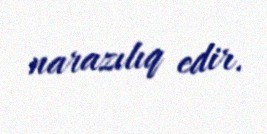
narazılıq edir.